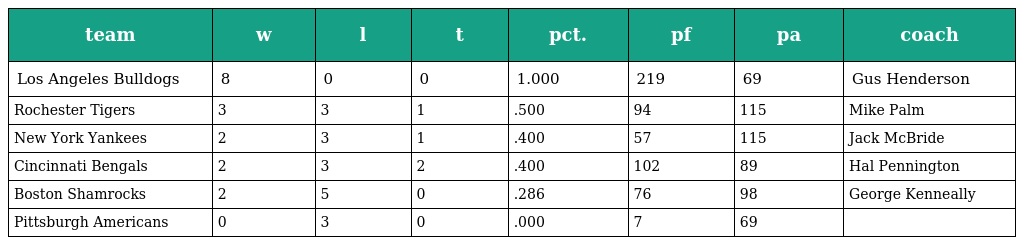
| team | w | l | t | pct. | pf | pa | coach |
 | --- | --- | --- | --- | --- | --- | --- | --- |
 | Los Angeles Bulldogs | 8 | 0 | 0 | 1.000 | 219 | 69 | Gus Henderson |
 | Rochester Tigers | 3 | 3 | 1 | .500 | 94 | 115 | Mike Palm |
 | New York Yankees | 2 | 3 | 1 | .400 | 57 | 115 | Jack McBride |
 | Cincinnati Bengals | 2 | 3 | 2 | .400 | 102 | 89 | Hal Pennington |
 | Boston Shamrocks | 2 | 5 | 0 | .286 | 76 | 98 | George Kenneally |
 | Pittsburgh Americans | 0 | 3 | 0 | .000 | 7 | 69 |  |